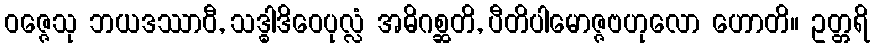
ဝဇ္ဇေသု ဘယဒဿာဝီ, သဒ္ဓါဒိဝေပုလ္လံ အဓိဂစ္ဆတိ, ပီတိပါမောဇ္ဇဗဟုလော ဟောတိ။ ဥတ္တရိ